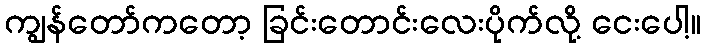
ကျွန်တော်ကတော့ ခြင်းတောင်းလေးပိုက်လို့ ငေးပေါ့။